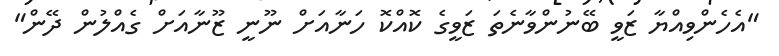
"އެހެންވިއްޔާ ޒަވީ ބޭނުންވާނެތަ ޒަވީގެ ކޮއްކޮ ހަނާއަށް ނޫނީ ޒޫނާއަށް ގެއްލުން ދޭން"